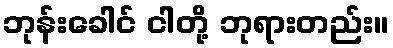
ဘုန်းခေါင် ငါတို့ ဘုရားတည်း။